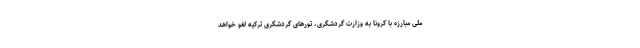
ملی مبارزه با کرونا به وزارت گردشگری، تورهای گردشگری ترکیه لغو خواهد